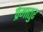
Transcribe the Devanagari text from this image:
प्रेमातुर